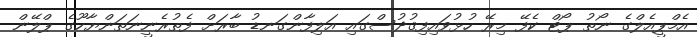
އެމްޕީއެލްގެ ނޯތު ޕޯޓް ކެފޭ މިރޭ ހުޅުވައިފިޤުދުސްގައި އަލިފާންގަނޑު ބާރަށް ފެތުރެނީނަތަންޔާހޫގެ ޕްލޭން